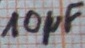
Text: 10µF